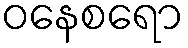
ဝနေစရော